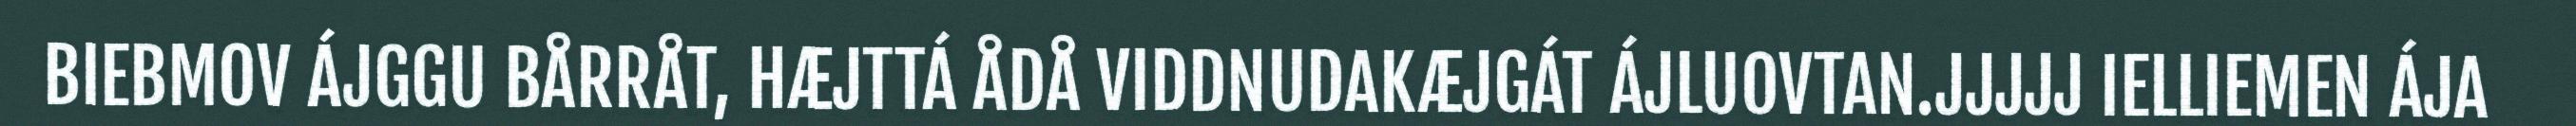
BIEBMOV ÁJGGU BÅRRÅT, HÆJTTÁ ÅDÅ VIDDNUDAKÆJGÁT ÁJLUOVTAN.JJJJJ IELLIEMEN ÁJA